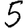
Digit: 5